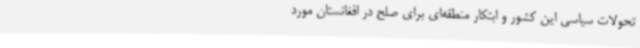
تحولات سیاسی این کشور و ابتکار منطقه‌ای برای صلح در افغانستان مورد